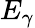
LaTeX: E_{\gamma}